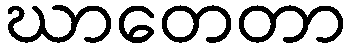
ဃာတေတာ